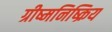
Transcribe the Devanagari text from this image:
ग्रीष्मनिष्क्रिय